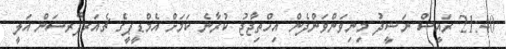
21:40 ރައީސް ނަޝީދު މިނިވަންވަންދެން އިހްތިޖާޖު ކުރާނެ ކަމަށް އެމްޑީޕީގެ ޗެއަރޕާރސަން އަލީ